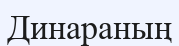
Динараның